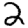
Digit: 2